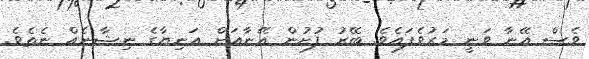
ވެސް އޭނާ ވަނީ މަރުވެފައެވެ. ބޭރު ފުށުން އޭނާއަށް އަނިޔާގެ ނިޝާނެއް ނެތެވެ.